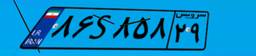
۰۴S۸۳۳۸۶